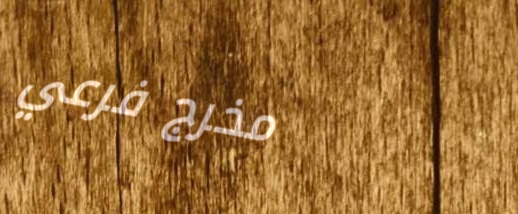
مخرج فرعي